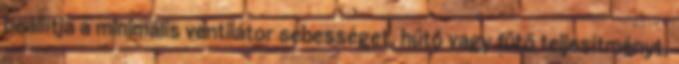
beállítja a minimális ventilátor sebességet, hűtő vagy fűtő teljesítményt,